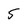
Character: 5